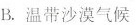
B.温带沙漠气候